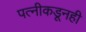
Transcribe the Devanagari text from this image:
पत्‍नीकडूनही